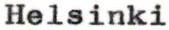
Helsinki